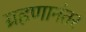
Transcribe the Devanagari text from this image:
ग्रहणानंतर